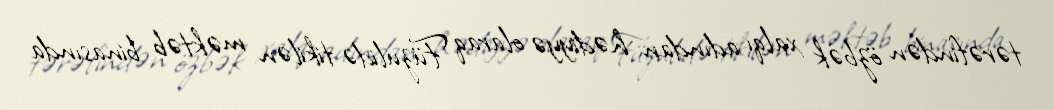
tərəfindən özbək xalqı adından hədiyyə olaraq Füzulidə tikilən məktəb binasında